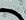
نسبح